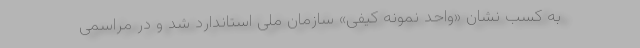
به کسب نشان «واحد نمونه کیفی» سازمان ملی استاندارد شد و در مراسمی